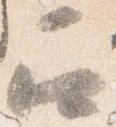
召